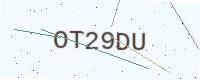
Text: OT29DU